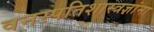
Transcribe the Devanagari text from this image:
वनस्पतिशास्त्रज्ञांना